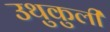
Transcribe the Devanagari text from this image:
उथुकुली